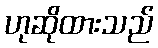
ဟုဆိုထားသည်